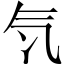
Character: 𣱖